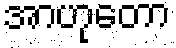
အာဟုတော